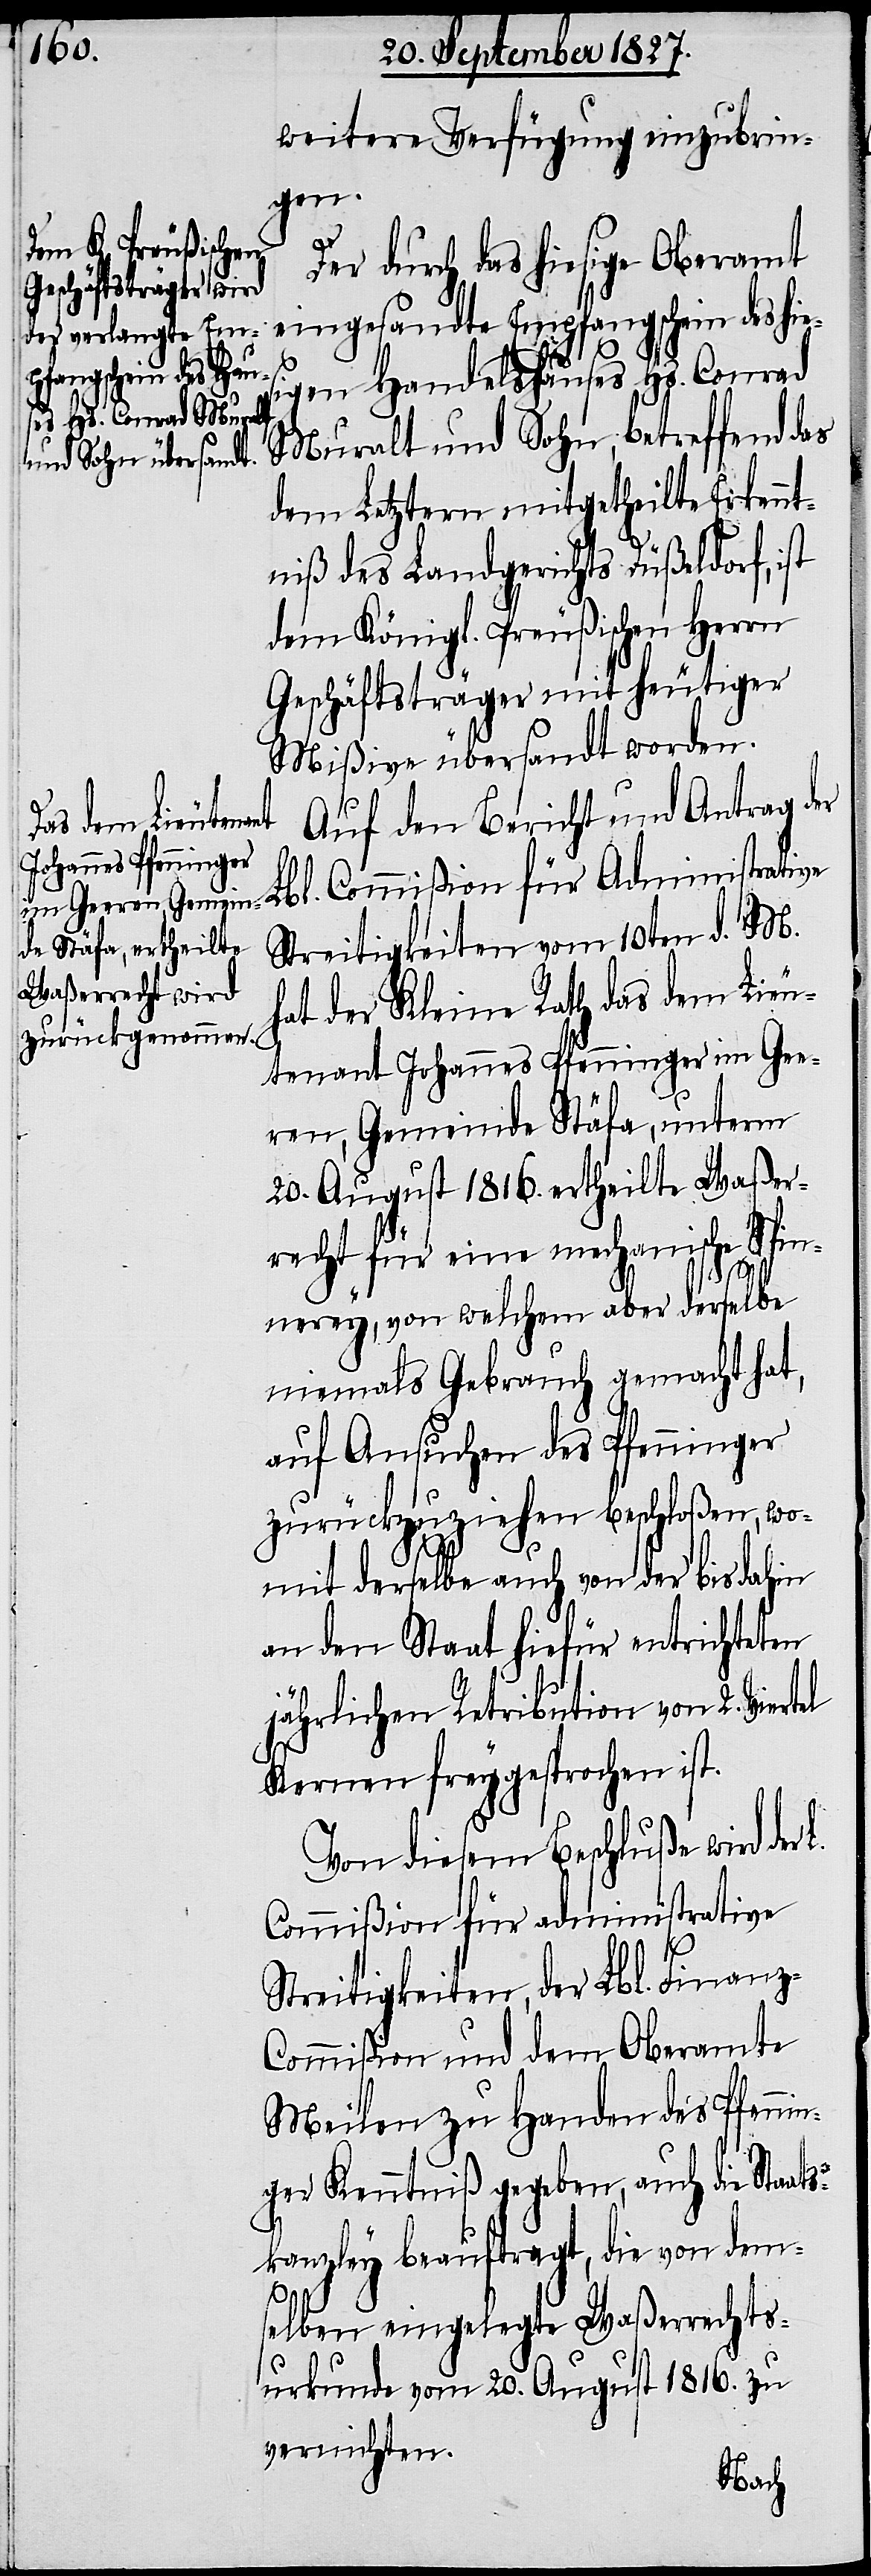
weitere Verfügung einzubrin¬
gen.
Der durch das hiesige Oberamt
eingesandte Empfangsschein des
igen Handelshauses Hs. Conrad
Muralt und Sohn, betreffend das
dem Letztern mitgetheilte Erkennt¬
niß des Landgerichts Düßeldorf, ist
dem Königl. Preußischen Herrn
Geschäftsträger mit heutiger
Mißive übersandt worden.
Auf den Bericht und Antrag der
Lbl. Commißion für Administrative
Streitigkeiten vom 10ten d. M.
hat der Kleine Rath das dem Lieu¬
tenant Johannes Pfenninger im Gee¬
ren Gemeinde Stäfa, unterm
20. August 1816. ertheilte Waßer¬
recht für eine mechanische Spin¬
nerey, von welchem aber derselbe
niemals Gebrauch gemacht hat,
auf Ansuchen des Pfenninger
zurückzuziehen beschloßen, wo¬
mit derselbe auch von der bis dahin
an den Staat hiefür entrichteten
jährlichen Retribution von 2. Viertel
Kernen freygesprochen ist.
Von diesem Beschluße wird der
Commißion für Administrative
Streitigkeiten, der Lbl. Finanz-C¬
ommißion und dem Oberamte
Meilen zu Handen des Pfenni¬
nger Kenntniß gegeben, auch die Staat¬
skanzley beauftragt, die von dem¬
hies¬
selben eingelegte Waßerrechts¬
urkunde vom 20. August 1816. zu
vernichten.